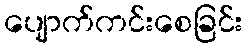
ပျောက်ကင်းစေခြင်း